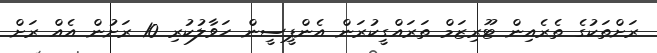
ރަށްތަކުގެ ތެރެއިން ޓޫރިޒަމް ތަރައްގީކުރަން އެންޕީސީން ހަވާލުކުރި 10 ރަށުން އެއް ރަށް